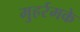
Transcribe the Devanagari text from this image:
मुहर्रमके